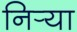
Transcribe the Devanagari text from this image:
निर्‍या